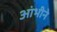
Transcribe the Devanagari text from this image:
आंभीने